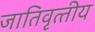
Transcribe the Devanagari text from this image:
जातिवृत्‍तीय